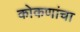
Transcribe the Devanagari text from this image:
कोकणांचा